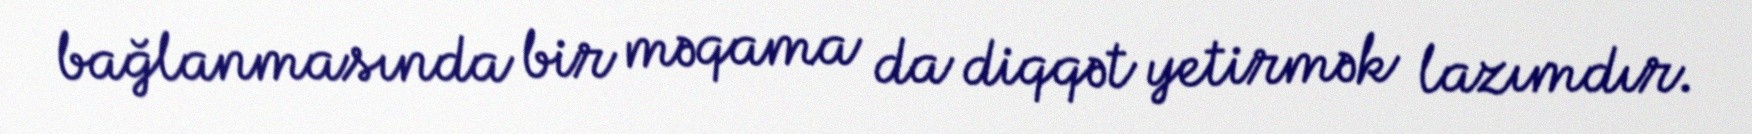
bağlanmasında bir məqama da diqqət yetirmək lazımdır.